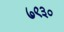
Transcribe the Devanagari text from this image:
७९३०